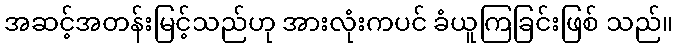
အဆင့်အတန်းမြင့်သည်ဟု အားလုံးကပင် ခံယူကြခြင်းဖြစ် သည်။